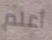
أعلم